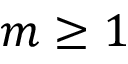
m \ge 1